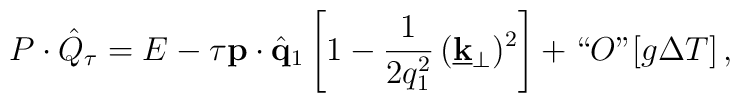
P \cdot \hat{Q}_\tau = E - \tau {\bf p} \cdot \hat{{\bf q}}_1 \left[ 1 - \frac{1}{2 q_1^2} \, (\underline{{\bf k}}_\perp)^2 \right] + \lq\lq O\mbox{''} [g \Delta T] \, ,